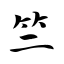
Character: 竺